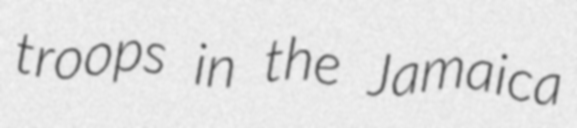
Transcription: troops in the Jamaica